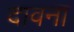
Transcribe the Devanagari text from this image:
दावना